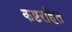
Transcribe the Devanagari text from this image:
कष्टरहित